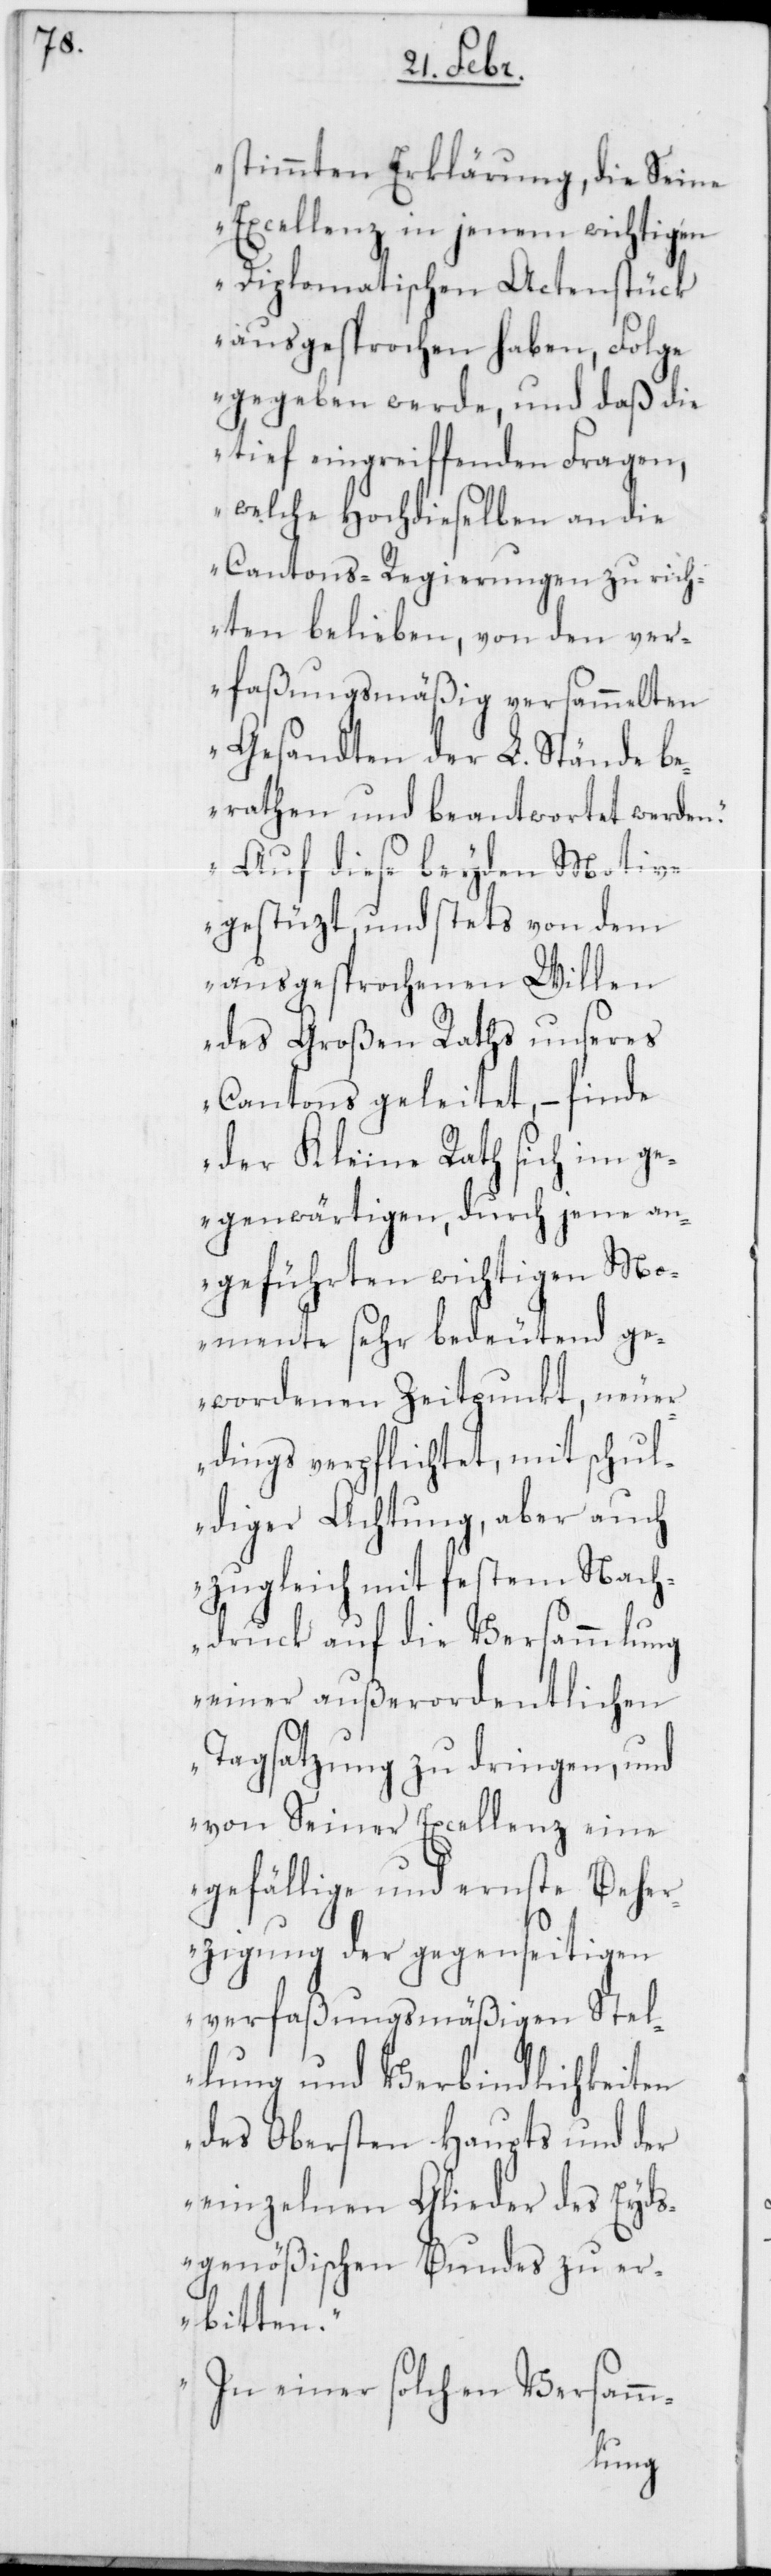
stimmten Erklärung, die Seine
Excellenz in jenem wichtigen
Diplomatischen Actenstück
ausgesprochen haben, Folge
gegeben werde, und daß die
tief eingreiffenden Fragen,
welche Hochdieselben an die
Cantons-Regierungen zu rich¬
ten belieben, von den ver¬
faßungsmäßig versammelten
Gesandten der L. Stände be¬
rathen und beantwortet werden.
Auf diese beyden Motive
gestüzt und stets von dem
ausgesprochenen Willen
des großen Raths unseres
Cantons geleitet, – finde
der Kleine Rath sich im ge¬
genwärtigen, durch jene an¬
geführten wichtigen Mo¬
mente sehr bedeutend ge¬
wordenen Zeitpunkt, neuer¬
dings verpflichtet, mit schul¬
diger Achtung, aber auch
zugleich mit festem Nach¬
druck auf die Versammlung
einer außerordentlichen
Tagsatzung zu dringen, und
von Seiner Excellenz eine
gefällige und ernste Beher¬
zigung der gegenseitigen
verfaßungsmäßigen Stel¬
lung und Verbindlichkeiten
des Obersten Haupts und der
einzelnen Glieder des Eyds¬
genößischen Bundes zu er¬
bitten.
In einer solchen Versamm-